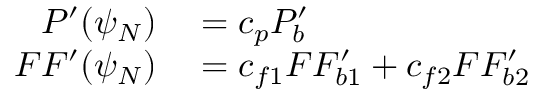
\begin{array} { r l } { P ^ { \prime } ( \psi _ { N } ) } & { { } = c _ { p } P _ { b } ^ { \prime } } \\ { F F ^ { \prime } ( \psi _ { N } ) } & { { } = c _ { f 1 } F F _ { b 1 } ^ { \prime } + c _ { f 2 } F F _ { b 2 } ^ { \prime } } \end{array}